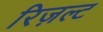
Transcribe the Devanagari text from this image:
रिज़ल्ट